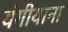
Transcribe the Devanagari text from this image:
यंगीयाना